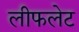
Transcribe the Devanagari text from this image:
लीफलेट